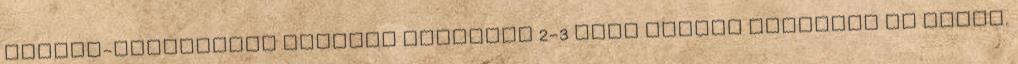
Január-februárban naponta legalább 2-3 éhen haltat találtak az utcán.